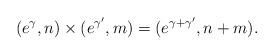
LaTeX: \begin{align*}(e^{\gamma},n)\times(e^{\gamma^{\prime}},m)=(e^{\gamma+\gamma^{\prime}},n+m).\end{align*}